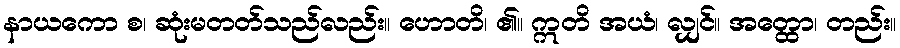
နာယကော စ၊ ဆုံးမတတ်သည်လည်း။ ဟောတိ၊ ၏။ ဣတိ အယံ၊ လျှင်။ အတ္ထော၊ တည်း။